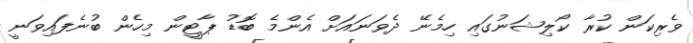
ވެރިކަން ކުރާ ކޯލިޝަނުގައި ހިމެނޭ ދެވަނައަށް އެންމެ ބޮޑު ޕާޓީން މިހެން ބުނެފައިވަނީ